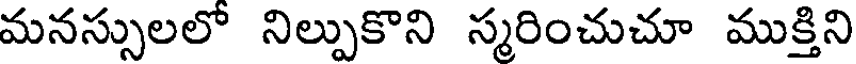
మనస్సులలో నిల్పుకొని స్మరించుచూ ముక్తిని